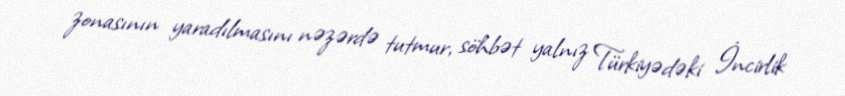
zonasının yaradılmasını nəzərdə tutmur, söhbət yalnız Türkiyədəki İncirlik